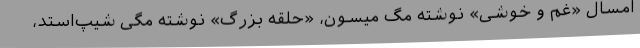
امسال «غم و خوشی» نوشته مگ میسون، «حلقه بزرگ» نوشته مگی شیپ‌استد،